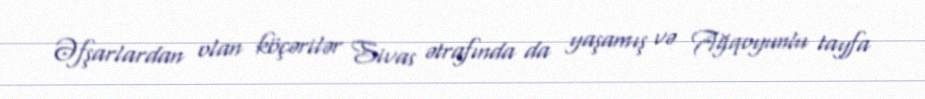
Əfşarlardan olan köçərilər Sivas ətrafında da yaşamış və Ağqoyunlu tayfa